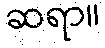
ဆရာ။